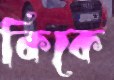
কিকে